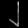
Digit: ၂